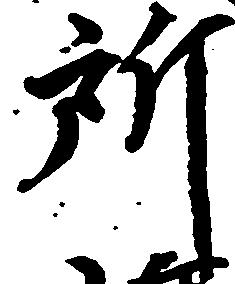
所